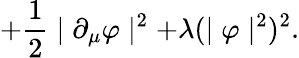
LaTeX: +\frac{1}{2}\mid\partial_{\mu}\varphi\mid^{2}+\lambda(\mid\varphi\mid^{2})^{2}.